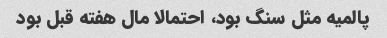
پالمیه مثل سنگ بود، احتمالا مال هفته قبل بود